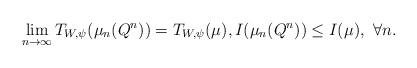
LaTeX: \begin{align*}\lim_{n\to\infty} T_{W,\psi}(\mu_n(Q^n))= T_{W,\psi}(\mu), I(\mu_n(Q^n))\le I(\mu), \ \forall n.\end{align*}